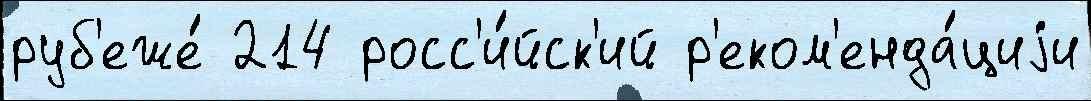
руб'еже́ 214 росс'и́йск'ий р'еком'енда́циjи